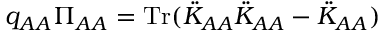
q _ { A A } \Pi _ { A A } = \mathrm { T r } ( \ddot { K } _ { A A } \ddot { K } _ { A A } - \ddot { K } _ { A A } )